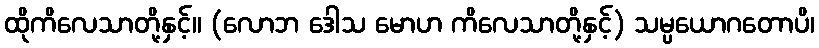
ထိုကိလေသာတို့နှင့်။ (လောဘ ဒေါသ မောဟ ကိလေသာတို့နှင့်) သမ္ပယောဂတောပိ၊